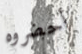
أحضروه